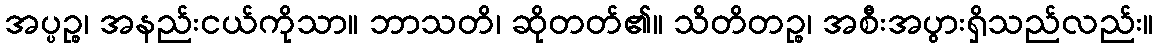
အပ္ပဉ္စ၊ အနည်းငယ်ကိုသာ။ ဘာသတိ၊ ဆိုတတ်၏။ သိတိတဉ္စ၊ အစီးအပွားရှိသည်လည်း။